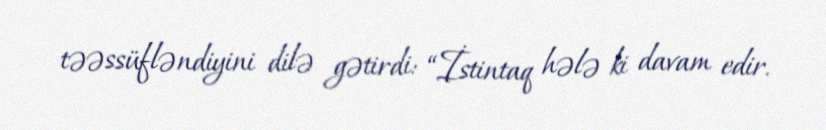
təəssüfləndiyini dilə gətirdi: “İstintaq hələ ki davam edir.